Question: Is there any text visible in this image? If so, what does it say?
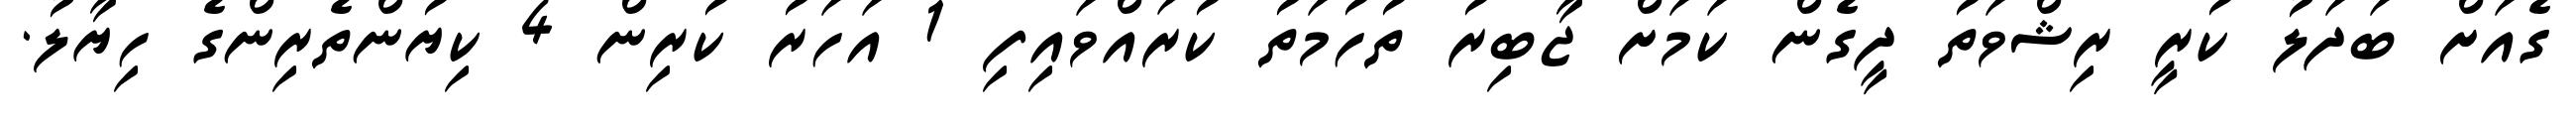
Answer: ގެއަށް ބަދަލު ކުރީ ރިޝްވަތު ދީގެން ކަމަށް ޖާބިރު ތުހުމަތު ކުރައްވައިފި 1 އަހަރު ކުރިން 4 ކިޔުންތެރިންގެ ހިޔާލު.